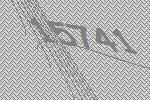
15741